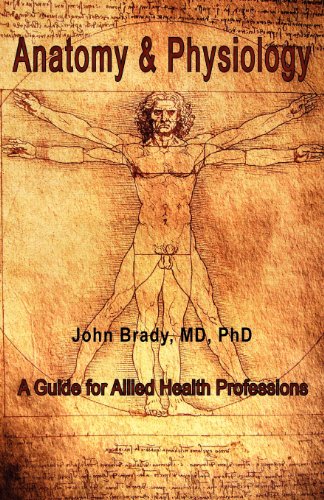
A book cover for Anatomy and Physiology: A Guide for Allied Health Professions; M. D. Ph. D. John Brady; Medical Books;